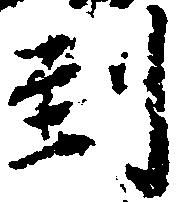
到